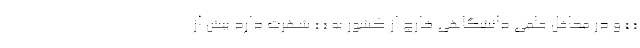
« » و در محافل علمی دانشگاهی خارج از کشور به « » شهرت دارد بیش از